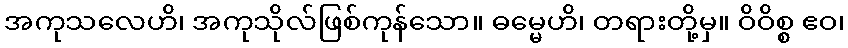
အကုသလေဟိ၊ အကုသိုလ်ဖြစ်ကုန်သော။ ဓမ္မေဟိ၊ တရားတို့မှ။ ဝိဝိစ္စ ဧဝ၊